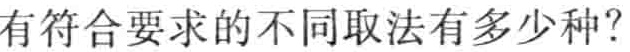
有符合要求的不同取法有多少种？